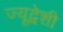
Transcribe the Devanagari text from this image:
ज्यूद्वेशी